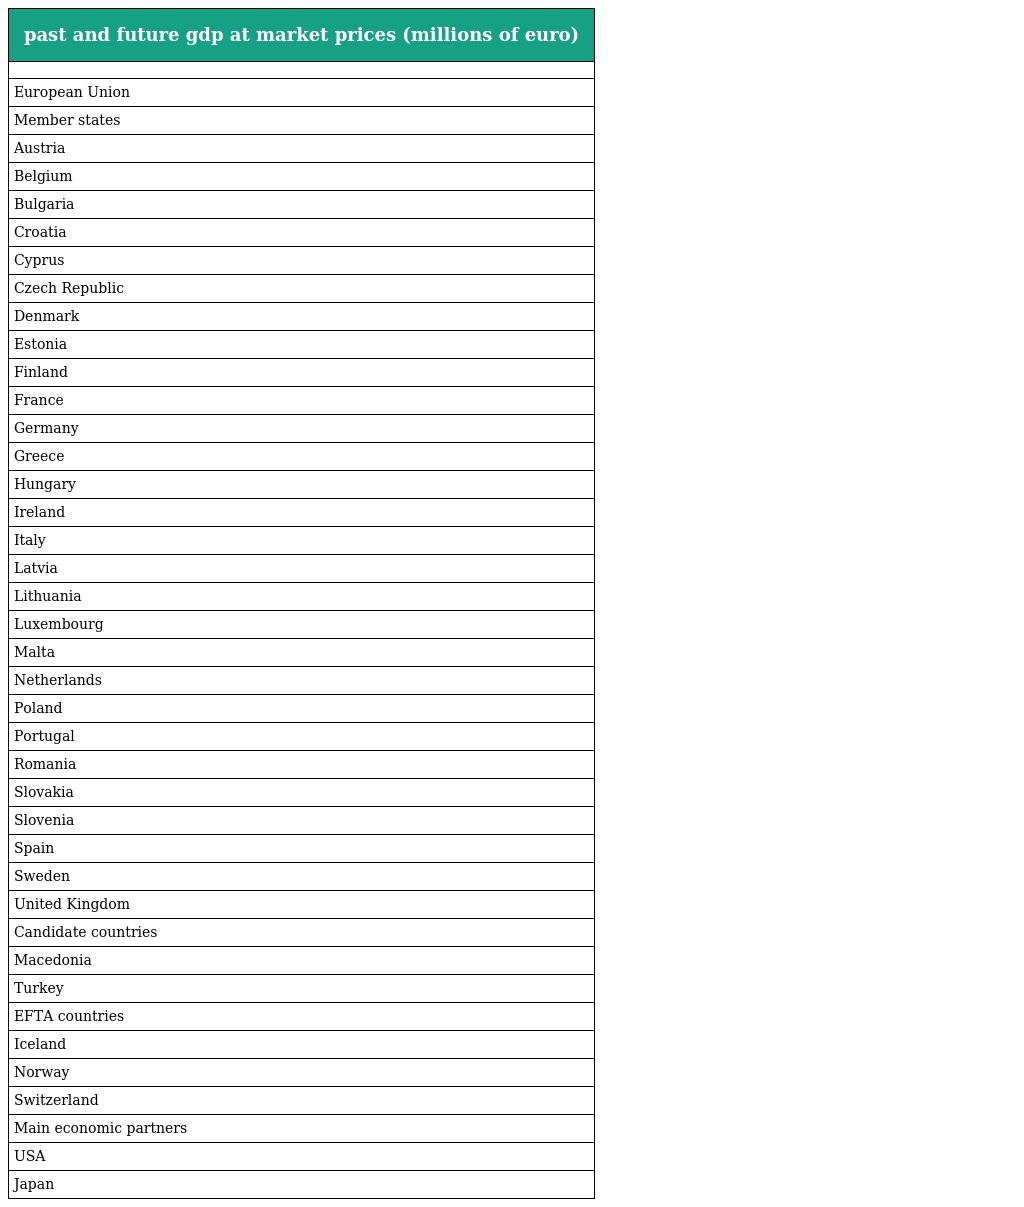
| past and future gdp at market prices (millions of euro) |
 | --- |
 |  |
 | European Union |
 | Member states |
 | Austria |
 | Belgium |
 | Bulgaria |
 | Croatia |
 | Cyprus |
 | Czech Republic |
 | Denmark |
 | Estonia |
 | Finland |
 | France |
 | Germany |
 | Greece |
 | Hungary |
 | Ireland |
 | Italy |
 | Latvia |
 | Lithuania |
 | Luxembourg |
 | Malta |
 | Netherlands |
 | Poland |
 | Portugal |
 | Romania |
 | Slovakia |
 | Slovenia |
 | Spain |
 | Sweden |
 | United Kingdom |
 | Candidate countries |
 | Macedonia |
 | Turkey |
 | EFTA countries |
 | Iceland |
 | Norway |
 | Switzerland |
 | Main economic partners |
 | USA |
 | Japan |